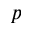
p